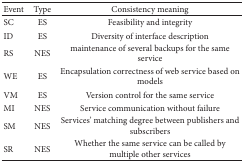
| Event | Type | Consistency meaning |
 | --- | --- | --- |
 | SC | ES | Feasibility and integrity |
 | ID | ES | Diversity of interface description |
 | RS | NES | maintenance of several backups for the same service |
 | WE | ES | Encapsulation correctness of web service based on models |
 | VM | ES | Version control for the same service |
 | MI | NES | Service communication without failure |
 | SM | NES | Services' matching degree between publishers and subscribers |
 | SR | NES | Whether the same service can be called by multiple other services |